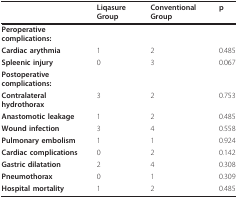
<table><thead><tr><td></td><td><b>Liqasure Group</b></td><td><b>Conventional Group</b></td><td><b>p</b></td></tr></thead><tbody><tr><td><b>Peroperative complications:</b></td><td></td><td></td><td></td></tr><tr><td><b>Cardiac arythmia</b></td><td>1</td><td>2</td><td>0.485</td></tr><tr><td><b>Spleenic injury</b></td><td>0</td><td>3</td><td>0.067</td></tr><tr><td><b>Postoperative complications:</b></td><td></td><td></td><td></td></tr><tr><td><b>Contralateral hydrothorax</b></td><td>3</td><td>2</td><td>0.753</td></tr><tr><td><b>Anastomotic leakage</b></td><td>1</td><td>2</td><td>0.485</td></tr><tr><td><b>Wound infection</b></td><td>3</td><td>4</td><td>0.558</td></tr><tr><td><b>Pulmonary embolism</b></td><td>1</td><td>1</td><td>0.924</td></tr><tr><td><b>Cardiac complications</b></td><td>0</td><td>2</td><td>0.142</td></tr><tr><td><b>Gastric dilatation</b></td><td>2</td><td>4</td><td>0.308</td></tr><tr><td><b>Pneumothorax</b></td><td>0</td><td>1</td><td>0.309</td></tr><tr><td><b>Hospital mortality</b></td><td>1</td><td>2</td><td>0.485</td></tr></tbody></table>